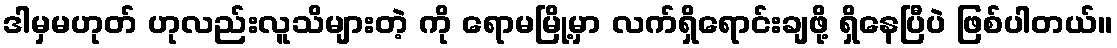
ဒါမှမဟုတ် ဟုလည်းလူသိများတဲ့ ကို ရောမမြို့မှာ လက်ရှိရောင်းချဖို့ ရှိနေပြီပဲ ဖြစ်ပါတယ်။